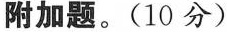
附加题。(10分)